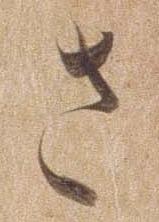
さ